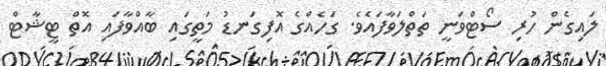
ލައިގެން ހުރި ސޯޓްވަނީ ތަތްލަވާފައެވެ. ގަހެއްގެ އޮފިގަނޑު މަތީގައި ބާއްވާފައި އޮތް ޓީޝާޓް